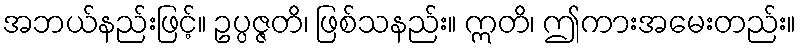
အဘယ်နည်းဖြင့်။ ဥပ္ပဇ္ဇတိ၊ ဖြစ်သနည်း။ ဣတိ၊ ဤကားအမေးတည်း။